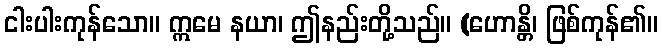
ငါးပါးကုန်သော။ ဣမေ နယာ၊ ဤနည်းတို့သည်။ (ဟောန္တိ၊ ဖြစ်ကုန်၏။